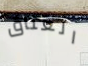
العناق